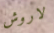
لاروش